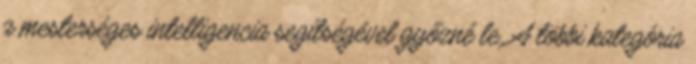
a mesterséges intelligencia segítségével győzné le. A többi kategória